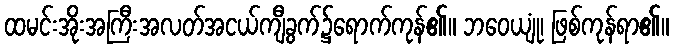
ထမင်းအိုးအကြီးအလတ်အငယ်ကျီခွက်၌ရောက်ကုန်၏။ ဘဝေယျုံ၊ ဖြစ်ကုန်ရာ၏။